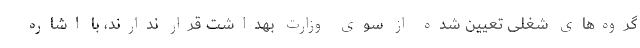
گروه‌های شغلی تعیین شده از سوی وزارت بهداشت قرار ندارند، با اشاره